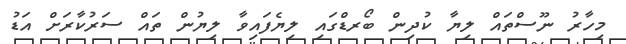
މިހާރު ނޫސްތައް ލިޔާ ކުދިން ބޯރޑްގައި ލިޔެފައިވާ ލިޔުން ތައް ސަރުކާރަށް އަޑު